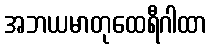
အဘယမာတုထေရီဂါထာ